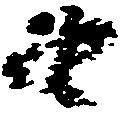
由